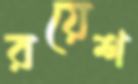
রয়েশ